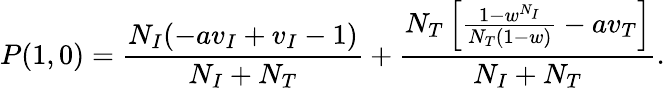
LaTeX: P(1,0)=\frac{N_{I}(-av_{I}+v_{I}-1)}{N_{I}+N_{T}}+\frac{N_{T}\left[\frac{1-w^{N_{I}}}{N_{T}(1-w)}-av_{T}\right]}{N_{I}+N_{T}}.